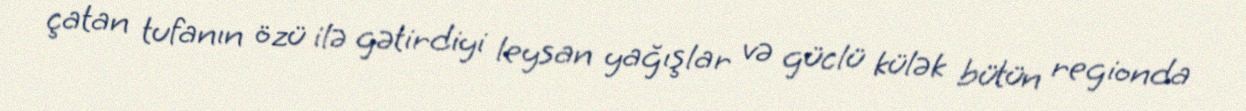
çatan tufanın özü ilə gətirdiyi leysan yağışlar və güclü külək bütün regionda